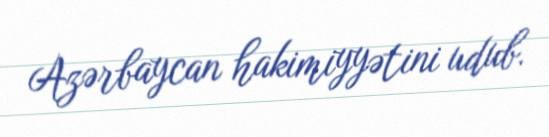
Azərbaycan hakimiyyətini udub.